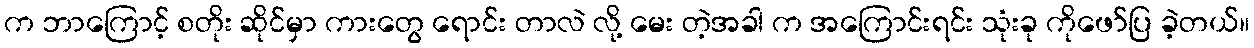
က ဘာကြောင့် စတိုး ဆိုင်မှာ ကားတွေ ရောင်း တာလဲ လို့ မေး တဲ့အခါ က အကြောင်းရင်း သုံးခု ကိုဖော်ပြ ခဲ့တယ်။